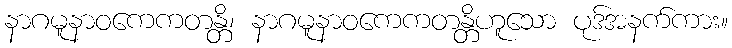
နာဂမူနာဝကေကတန္တိ၊ နာဂမူနာဝကေကတန္တိဟူသော ပုဒ်အနက်ကား။